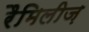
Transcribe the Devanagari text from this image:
रैमिलीज़